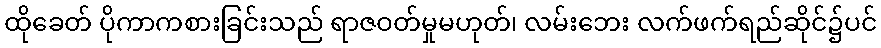
ထိုခေတ် ပိုကာကစားခြင်းသည် ရာဇဝတ်မှုမဟုတ်၊ လမ်းဘေး လက်ဖက်ရည်ဆိုင်၌ပင်